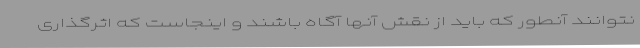
نتوانند آنطور که باید از نقش آنها آگاه باشند و اینجاست که اثرگذاری